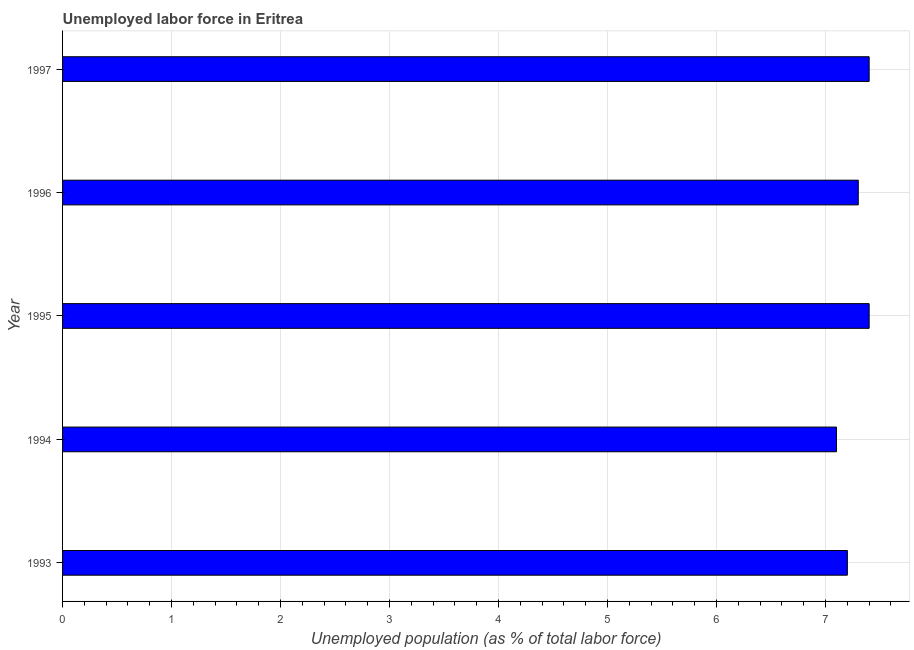
| Year | Unemployment |
 | --- | --- |
 | 1993 | 7.2 |
 | 1994 | 7.1 |
 | 1995 | 7.4 |
 | 1996 | 7.3 |
 | 1997 | 7.4 |